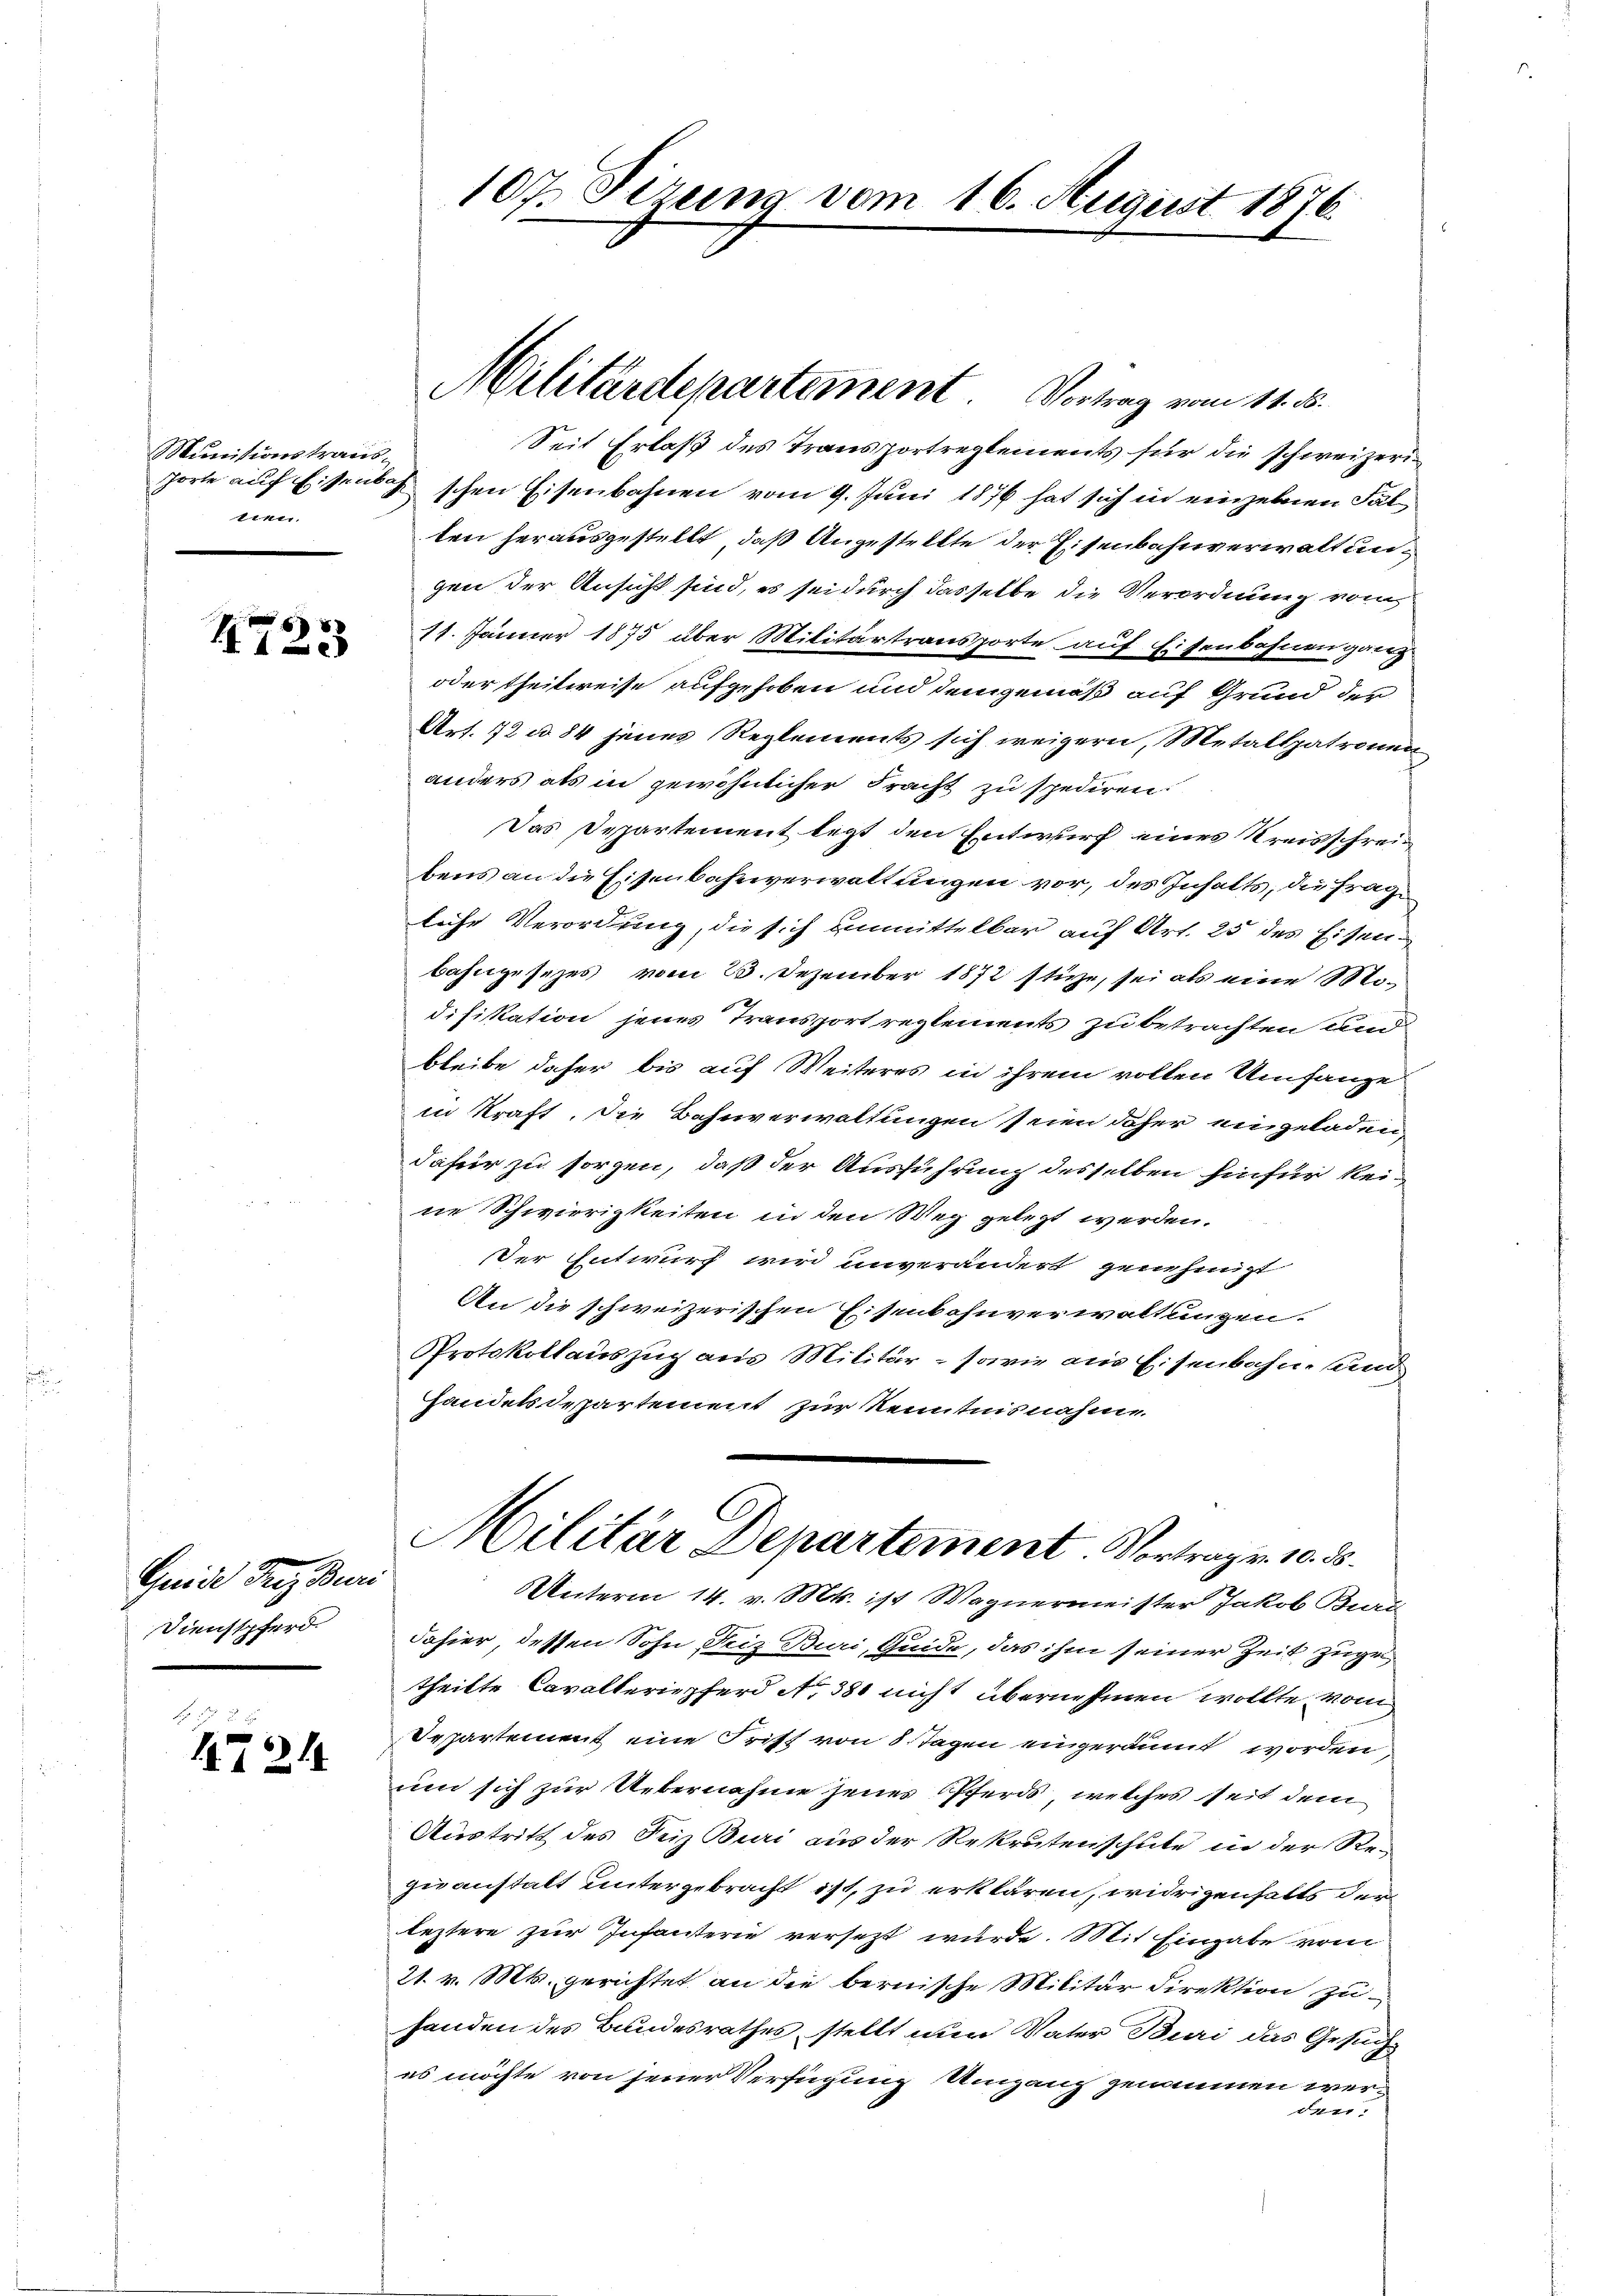
Munitionstrausnen.

1723

Quide Tanz Ben
Dienstpferd.

1724.

Seit Erlaß des Transportreglements für die schweizeriporte auf Eisenbeschen Eisenbahnen vom 9. Juni 1876 hat sich in einzelnen Fälten herausgestellt, daß Angestellte der Eisenbahnverwalt ungen der Ansicht sind, es sei durch dasselbe die Verordnung vom
11. Jänner 1875 über Militärtransporte auf Eisenbahnen ganz
oder theilweise aufgehoben und demgemäß auf Grund der
Art. 72 u. 84 jenes Reglements sich weigern, Metallpatronen
anders als in gewöhnlicher Fracht zu spediren.
Das Departement legt den Entwurf eines Kreisschreibens an die Eisenbahnverwaltungen vor, des Inhalts, die Fragliche Verordung, die sich unmittelbar auf Art. 25 des Eisenbahngesezes vom 23. Dezember 1872 stürze, sei als eine Modifikation jenes Transport reglements zu betrachten und
bleibe daher bis auf Weiteres in ihrem vollen Umfange
in Kraft. Die Bahnverwaltungen seien daher eingeladen,
dafür zu sorgen, daß der Ausführung desselben hinfür keine Schwierigkeiten in den Weg gelegt werden.
Der Entwurf wird unverändert genehmigt
An die schweizerischen Eisenbahnverwaltungen.
Protokollauszug aus Militär - sowie aus Eisenbahn- und
handels Departement zur Kenntnisnahme.

107. Sizung vom 16. August 1876

Militärdepartement. Vortrag vom 11. ds.

Militär Departement Vortrag v. 105.

Unterm 14. v. Mts. ist Wagnermeister Jakob Buri
dahier, dessen Sohn, Friz Buri, Guide, das ihm seiner Zeit zugetheilte Cavalteriepferd No 380 nicht übernehmen wollte, vom
Departement eine Frist von 8 Tagen eingeräumt worden,
um sich zur Uebernahme jenes Pferds, welches seit dem
Austritt des Seiz Buri aus der Rekrutenschule in der Rezuanstalt untergebracht ist, zu erklären, widrigenhalts der
leztere zur Infanterie versezt wurde. Mit Eingabe vom
21. v. Mts. gerichtet an die bernische Militär Direktion zu
handen des Bundesrathes stellt nun Vater Buri das Gesuches möchte von jener Verfügung Umgang genommen wer-
eer.